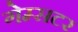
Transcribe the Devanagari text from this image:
गेम्सटर